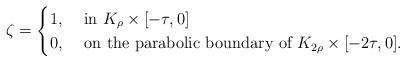
LaTeX: \begin{align*} \zeta = \begin{cases} 1, & \mbox{ in } K_{\rho}\times[-\tau, 0] \\ 0, & \mbox{ on the parabolic boundary of } K_{2\rho}\times [-2\tau, 0]. \end{cases} \end{align*}